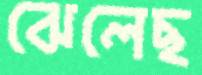
ঝেলেছ